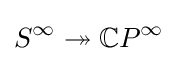
S^{\infty }\twoheadrightarrow \mathbb {C} P^{\infty }